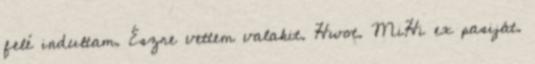
felé indultam. Észre vettem valakit. Hwot. MiHi ex pasiját.